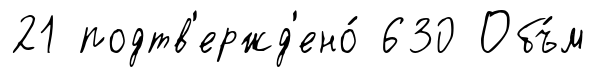
21 подтв'ержд'ено́ 630 Объ́м